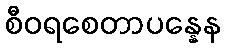
စီဝရစေတာပန္နေန